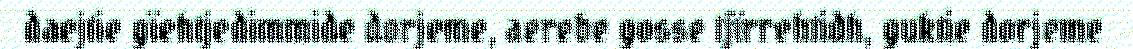
daejtie gïehtjedimmide dorjeme, aerebe gosse tjïrrehtidh, guktie dorjeme